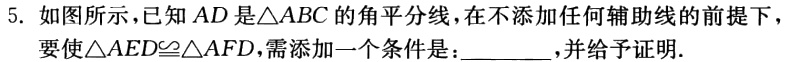
5. 如图所示，已知 \(AD\) 是\(\triangle ABC\)的角平分线，在不添加任何辅助线的前提下，要使\(\triangle AED\cong\triangle AFD\)，需添加一个条件是：  ，并给予证明.